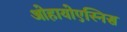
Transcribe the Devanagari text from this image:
ओहायोएस्निस